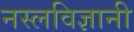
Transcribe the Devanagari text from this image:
नस्लविज्ञानी